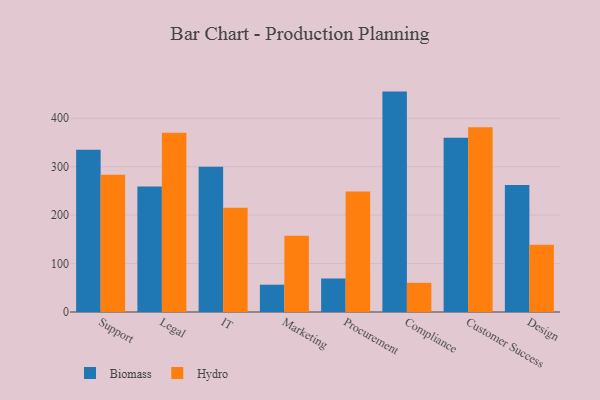
{"axis": {"x": "Department", "y": "Operating Costs (USD K)"}, "legend": ["Biomass", "Hydro"], "data": [{"x": "Support", "y": 335.2, "type": "Biomass"}, {"x": "Support", "y": 283.4, "type": "Hydro"}, {"x": "Legal", "y": 259.4, "type": "Biomass"}, {"x": "Legal", "y": 370.2, "type": "Hydro"}, {"x": "IT", "y": 299.7, "type": "Biomass"}, {"x": "IT", "y": 215.5, "type": "Hydro"}, {"x": "Marketing", "y": 56.4, "type": "Biomass"}, {"x": "Marketing", "y": 157.5, "type": "Hydro"}, {"x": "Procurement", "y": 69.2, "type": "Biomass"}, {"x": "Procurement", "y": 248.6, "type": "Hydro"}, {"x": "Compliance", "y": 455.1, "type": "Biomass"}, {"x": "Compliance", "y": 60.3, "type": "Hydro"}, {"x": "Customer Success", "y": 359.9, "type": "Biomass"}, {"x": "Customer Success", "y": 381.6, "type": "Hydro"}, {"x": "Design", "y": 262.2, "type": "Biomass"}, {"x": "Design", "y": 139.0, "type": "Hydro"}]}